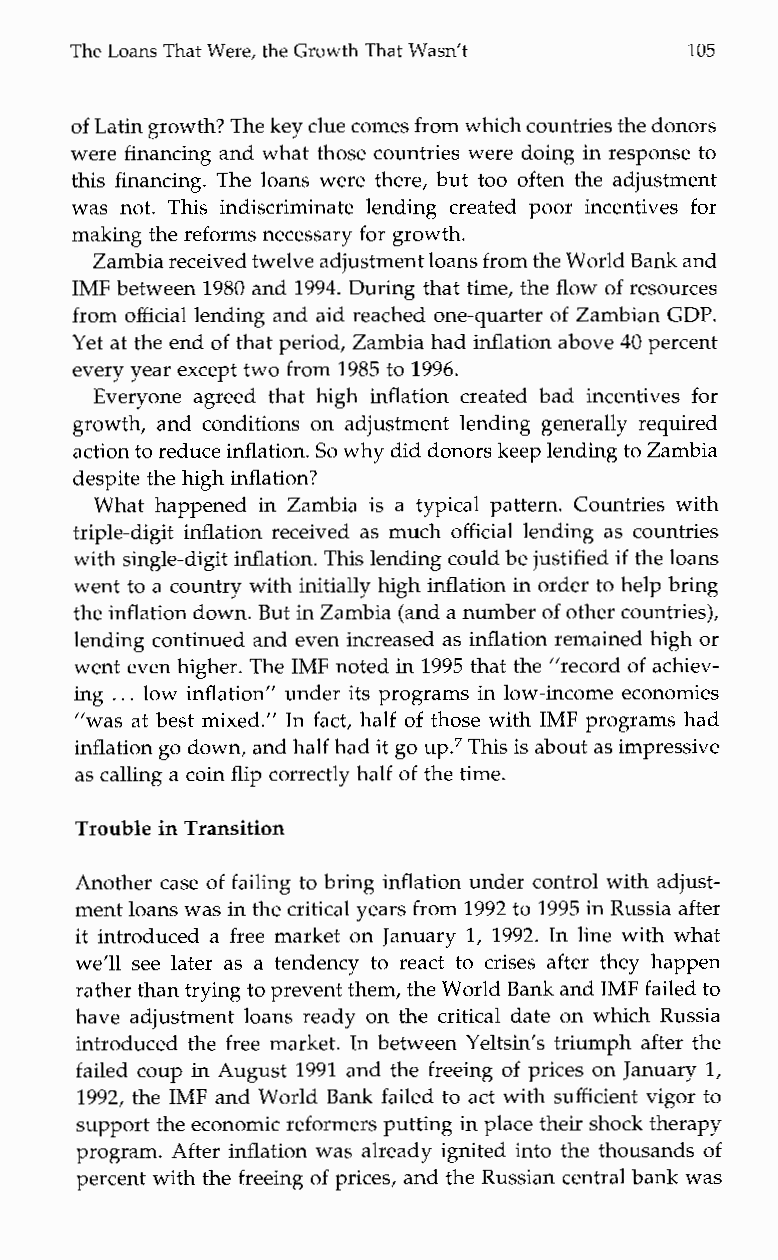
The Loans That Were, the Growth That Wasn‘t 105
 of Latin growth? The keyc lue comes from which countries the donors
 were financing and what those countries were doing in response to
 this financing. The loans were there, but too often the adjustment
 wasn ot. This indiscriminatel endingc reatedp oori ncentives for
 making the reformsn ecessary for growth.
 Zambia received twelve adjustment loans from the WoBralndk and
 IMF between 1980 and 1994. During that time, the flow of resources
 from official lending and aid reached one-quarter of Zambian GDP.
 Yet at the end of that period, Zambia had inflation above 40 percent
 every year except two from 1985 to 1996.
 Everyone agreedt hath igh inflation createdb adi ncentives for
 growth, and conditions on adjustment lending generally required
 action to reducein flation. So why did donorks eep lending toZ ambia
 despite the highi nflation?
 What happened in Zambia is a typical pattern. Countries with
 triple-digit inflation received as much official lending as countries
 with single-digit inflation. This lending could bej ustified if the loans
 went to a country withi nitially high inflation in order to help bring
 the inflation down. But in Zambia (and a number of other countries),
 lending continued and even increased as inflation remained high or
 went even higher. The IMF noted in 1995 that the ”record of achiev-
 ing .. . low inflation” under its programs in low-income economies
 “was at best mixed.” In fact, half of those with IMF programs had
 inflation go down, and half had it go up.7 This is about as impressive
 as calling a coin flip correctly half of the time.
 Trouble in Transition
 Another case of failing to bring inflation under control with adjust-
 ment loans was in thec ritical years from 1992 to 1995 in Russia after
 it introduced a free market on January 1, 1992. In line with what
 we’ll see later as a tendency to react to crises after they happen
 rather than tryingt o prevent them, thWe orld Bank and IMF failed to
 have adjustment loans ready on the critical date on which Russia
 introduced the free market. In between Yeltsin’s triumph after the
 failed coup in August 1991 and the freeing of prices on January 1,
 1992, the IMF and World Bank failed to act with sufficient vigor to
 support the economic reformers putting in place their shock therapy
 program. After inflation was already ignited into the thousands of
 percent with the freeing of prices, and the Russian central bank was